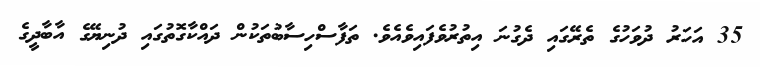
35 އަހަރު ދުވަހުގެ ތެރޭގައި ދެގުނަ އިތުރުވެފައިވެއެވެ. ތަފާސްހިސާބުތަކުން ދައްކާގޮތުގައި ދުނިޔޭގެ އާބާދީގެ